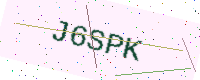
Text: J6SPK